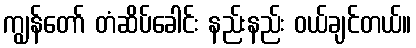
ကျွန်တော် တံဆိပ်ခေါင်း နည်းနည်း ဝယ်ချင်တယ်။